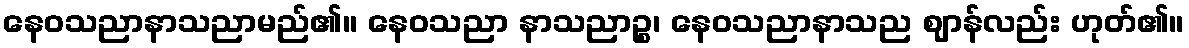
နေဝသညာနာသညာမည်၏။ နေဝသညာ နာသညာဉ္စ၊ နေဝသညာနာသည ဈာန်လည်း ဟုတ်၏။